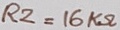
Text: R2=16KΩ